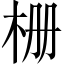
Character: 栅